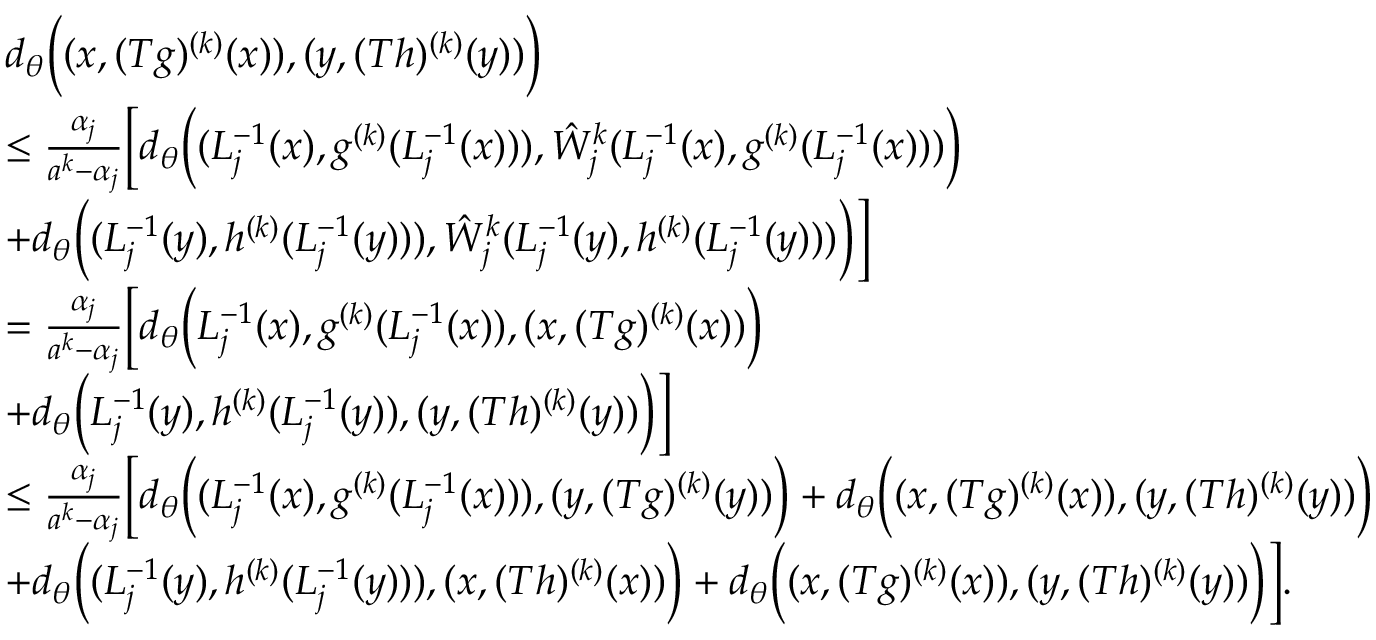
\begin{array} { r l } & { d _ { \theta } \bigg ( ( x , ( T g ) ^ { ( k ) } ( x ) ) , ( y , ( T h ) ^ { ( k ) } ( y ) ) \bigg ) } \\ & { \le \frac { \alpha _ { j } } { a ^ { k } - \alpha _ { j } } \bigg [ d _ { \theta } \bigg ( ( L _ { j } ^ { - 1 } ( x ) , g ^ { ( k ) } ( L _ { j } ^ { - 1 } ( x ) ) ) , \hat { W } _ { j } ^ { k } ( L _ { j } ^ { - 1 } ( x ) , g ^ { ( k ) } ( L _ { j } ^ { - 1 } ( x ) ) ) \bigg ) } \\ & { + d _ { \theta } \bigg ( ( L _ { j } ^ { - 1 } ( y ) , h ^ { ( k ) } ( L _ { j } ^ { - 1 } ( y ) ) ) , \hat { W } _ { j } ^ { k } ( L _ { j } ^ { - 1 } ( y ) , h ^ { ( k ) } ( L _ { j } ^ { - 1 } ( y ) ) ) \bigg ) \bigg ] } \\ & { = \frac { \alpha _ { j } } { a ^ { k } - \alpha _ { j } } \Big [ d _ { \theta } \Big ( L _ { j } ^ { - 1 } ( x ) , g ^ { ( k ) } ( L _ { j } ^ { - 1 } ( x ) ) , ( x , ( T g ) ^ { ( k ) } ( x ) ) \Big ) } \\ & { + d _ { \theta } \Big ( L _ { j } ^ { - 1 } ( y ) , h ^ { ( k ) } ( L _ { j } ^ { - 1 } ( y ) ) , ( y , ( T h ) ^ { ( k ) } ( y ) ) \Big ) \Big ] } \\ & { \le \frac { \alpha _ { j } } { a ^ { k } - \alpha _ { j } } \Big [ d _ { \theta } \Big ( ( L _ { j } ^ { - 1 } ( x ) , g ^ { ( k ) } ( L _ { j } ^ { - 1 } ( x ) ) ) , ( y , ( T g ) ^ { ( k ) } ( y ) ) \Big ) + d _ { \theta } \Big ( ( x , ( T g ) ^ { ( k ) } ( x ) ) , ( y , ( T h ) ^ { ( k ) } ( y ) ) \Big ) } \\ & { + d _ { \theta } \Big ( ( L _ { j } ^ { - 1 } ( y ) , h ^ { ( k ) } ( L _ { j } ^ { - 1 } ( y ) ) ) , ( x , ( T h ) ^ { ( k ) } ( x ) ) \Big ) + d _ { \theta } \Big ( ( x , ( T g ) ^ { ( k ) } ( x ) ) , ( y , ( T h ) ^ { ( k ) } ( y ) ) \Big ) \Big ] . } \end{array}